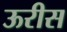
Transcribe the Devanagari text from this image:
ऊरीस